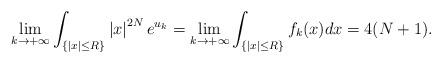
LaTeX: \begin{align*}\lim_{k\to+\infty}\int_{\left\{\left|x\right|\leq R\right\}}\left|x\right|^{2N}e^{u_k}=\lim_{k\to+\infty}\int_{\left\{\left|x\right|\leq R\right\}}f_{k}(x)dx=4(N+1).\end{align*}